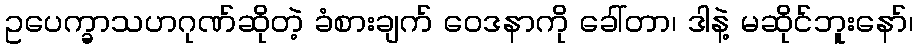
ဥပေက္ခာသဟဂုဏ်ဆိုတဲ့ ခံစားချက် ဝေဒနာကို ခေါ်တာ၊ ဒါနဲ့ မဆိုင်ဘူးနော်၊